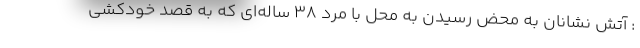
: آتش نشانان به محض رسیدن به محل با مرد ۳۸ ساله‌ای که به قصد خودکشی